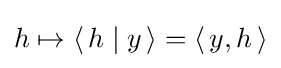
{\textstyle h\mapsto \left\langle \,h\mid y\,\right\rangle =\left\langle \,y,h\,\right\rangle }